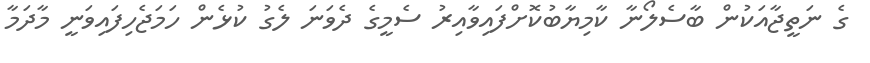
ގެ ނަތީޖާއަކުން ބާސެލޯނާ ކާމިޔާބުކޮށްފައިވާއިރު ސެމީގެ ދެވަނަ ލެގު ކުޅެން ހަމަޖެހިފައިވަނީ މާދަމާ